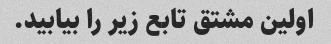
اولین مشتق تابع زیر را بیابید.